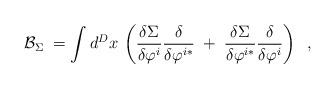
LaTeX: \begin{align*}\mathcal{B}_\Sigma \;=\int d^Dx\,\left( \frac{\delta \Sigma }{\delta \varphi^i}\frac \delta {\delta \varphi ^{i*}}\;+\;\frac{\delta \Sigma }{\delta\varphi ^{i*}}\frac \delta {\delta \varphi ^i}\right) \;\;,\end{align*}